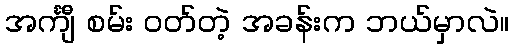
အင်္ကျီ စမ်း ဝတ်တဲ့ အခန်းက ဘယ်မှာလဲ။